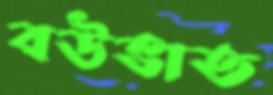
বউভাত